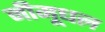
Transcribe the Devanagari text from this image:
नीमूधल